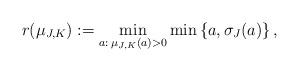
LaTeX: \begin{align*}r(\mu_{J,K}):=\min_{a:\:\mu_{J,K}(a)>0}\min\left\{a,\sigma_J(a)\right\},\end{align*}